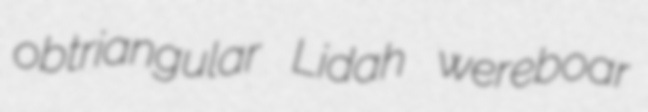
obtriangular Lidah wereboar